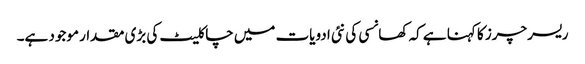
ریسرچرز کا کہنا ہے کہ کھانسی کی نئی ادویات میں چاکلیٹ کی بڑی مقدار موجود ہے۔